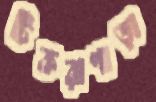
টিকরাপাড়া